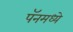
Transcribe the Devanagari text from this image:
पॅनमध्ये